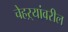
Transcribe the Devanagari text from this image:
चेहऱ्यांवरील